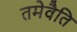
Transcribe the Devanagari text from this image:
तमेवैति